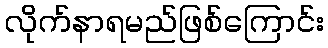
လိုက်နာရမည်ဖြစ်ကြောင်း